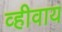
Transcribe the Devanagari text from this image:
व्हीवाय